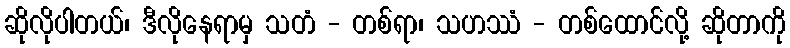
ဆိုလိုပါတယ်၊ ဒီလိုနေရာမှ သတံ - တစ်ရာ၊ သဟဿံ - တစ်ထောင်လို့ ဆိုတာကို